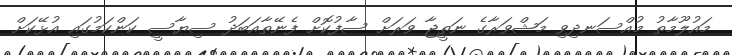
މައުލޫމާތު މުއްސަނދިވި މަޝްވަރާގެ ނަތީޖާ ވަރަށް ސާފުކޮށް ފެނޭތާއަބަދު ސިޔާސީ ކަންކަމުގައި އުޅޭކަށް